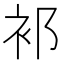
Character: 𬡅